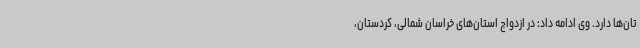
تان‌ها دارد. وی ادامه داد: در ازدواج استان‌های خراسان شمالی، کردستان،